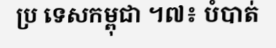
ប្រ ទេសកម្ពុជា ។៧៖ បំបាត់